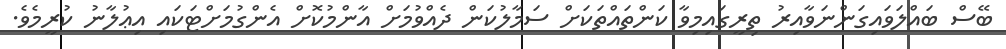
ބޭސް ބައްލަވައިގަންނަވާއިރު ތިރީގައިމިވާ ކަންތައްތަކަށް ސަމާލުކަން ދެއްވުމަށް އާންމުކޮށް އެންގުމަށްޓަކައި އިޢުލާނު ކުރީމެވެ.